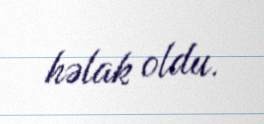
həlak oldu.